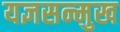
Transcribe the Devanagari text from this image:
यज्ञसन्मुख